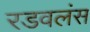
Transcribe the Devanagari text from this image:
रडवलंस